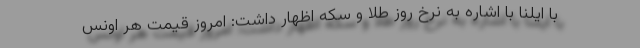
با ایلنا با اشاره به نرخ روز طلا و سکه اظهار داشت: امروز قیمت هر اونس